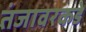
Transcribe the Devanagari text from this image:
तंजावरकडे